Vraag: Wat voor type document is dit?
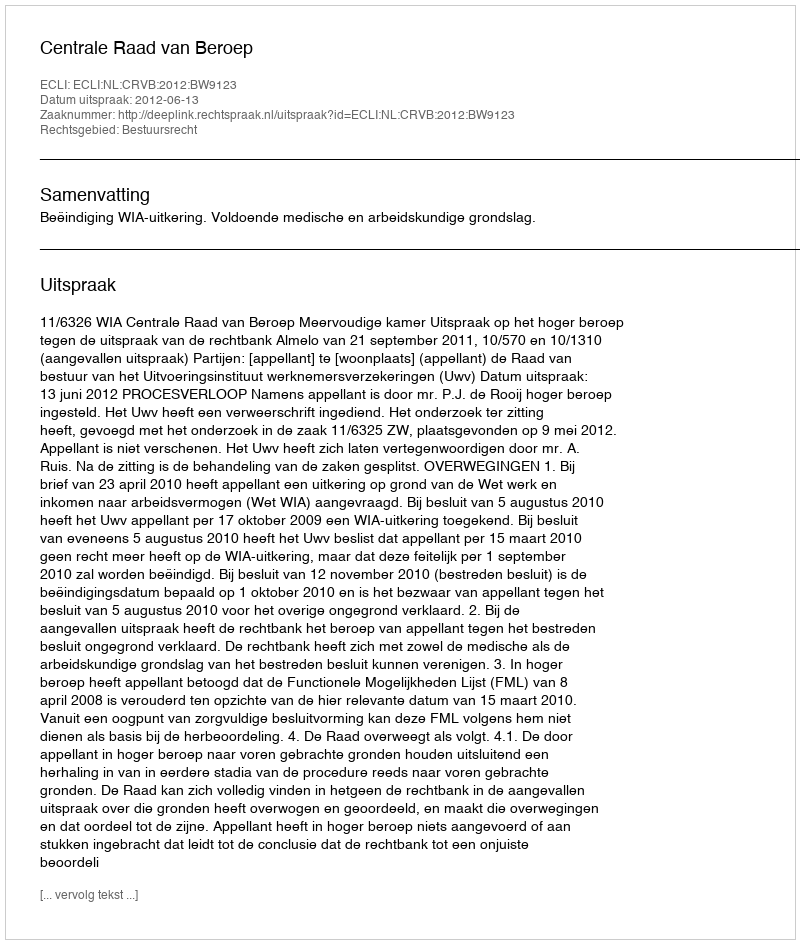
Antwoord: Uitspraak